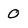
Character: 0